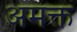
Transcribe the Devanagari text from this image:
अमक्त